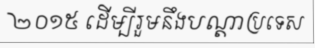
២០១៥ ដើម្បីរួមនឹងបណ្តាប្រទេស